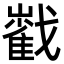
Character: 𡾃